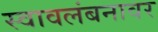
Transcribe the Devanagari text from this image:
स्वावलंबनावर